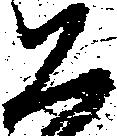
恐